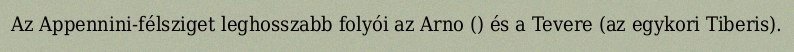
Az Appennini-félsziget leghosszabb folyói az Arno () és a Tevere (az egykori Tiberis).